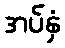
အပ်နှံ